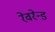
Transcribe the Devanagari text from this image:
रेवरेन्ड